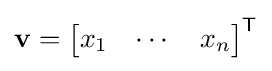
\mathbf {v} ={\begin{bmatrix}x_{1}&\dotsm &x_{n}\end{bmatrix}}^{\textsf {T}}